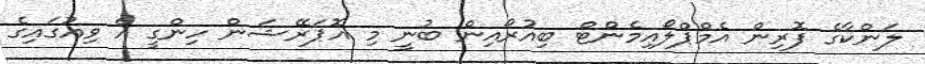
ލަންކާގެ ފޮރިން އެމްޕްލޯއިމެންޓް ބިއުރޯއިން ބުނީ މި އޮޕަރޭޝަން ހިންގީ އެ ވިއުގައިގެ